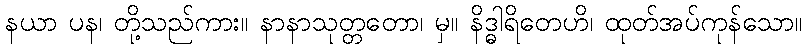
နယာ ပန၊ တို့သည်ကား။ နာနာသုတ္တတော၊ မှ။ နိဒ္ဓါရိတေဟိ၊ ထုတ်အပ်ကုန်သော။